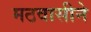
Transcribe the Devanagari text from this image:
मठवासीने